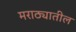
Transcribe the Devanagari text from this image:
मराठ्यातील